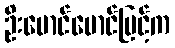
ဦးမောင်မောင်မြင့်က